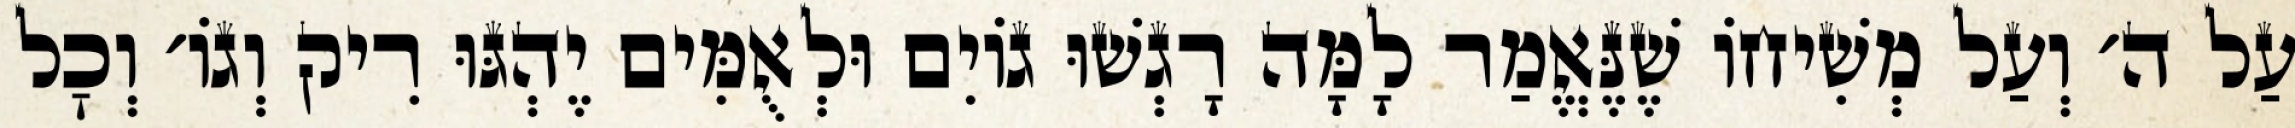
עַל ה׳ וְעַל מְשִׁיחוֹ שֶׁנֶּאֱמַר לָמָּה רָגְשׁוּ גוֹיִם וּלְאֻמִּים יֶהְגּוּ רִיק וְגוֹ׳ וְכׇל